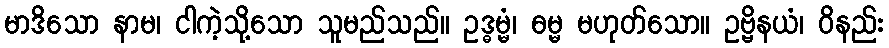
မာဒိသော နာမ၊ ငါကဲ့သို့သော သူမည်သည်။ ဥဒ္ဓမ္မံ၊ ဓမ္မ မဟုတ်သော။ ဥဗ္ဗိနယံ၊ ဝိနည်း